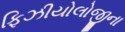
ફિઝીયોલોજીના